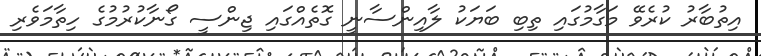
އިތުބާރު ކުރެވޭ މަގާމުގައި ތިބި ބަޔަކު ލާއިންސާނީ ގޮތެއްގައި ޖިންސީ ގޯނާކުރުމުގެ ހިތާމަވެރި